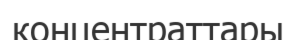
концентраттары